Vaccination in the Punjab 1883-1896 - 1883-1896
Year: 1883
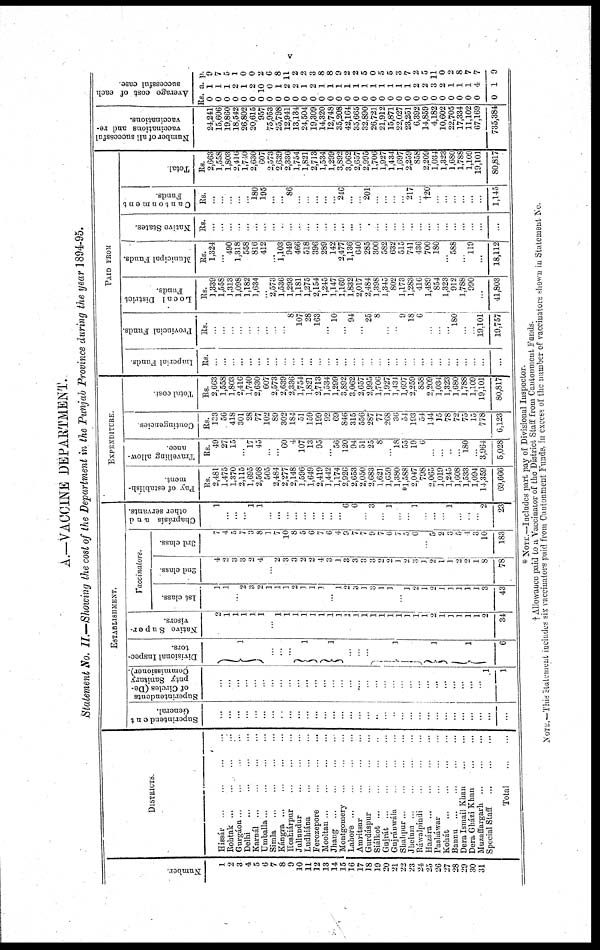
v
A.—VACCINE DEPARTMENT.
Statement No. II.—Showing the cost of the Department in the Punjab Province during the year 1894-95.
Number.
1
2
3
4
5
6
7
8
9
10
11
12
13
14
15
16
17
18
10
20
21
22
23
24
25
26
27
28
29
30
31
DISTRICTS.
Hissár ... ... ... ...
Rohtak
...
...
...
...
Gurgáon ... ... ... ...
Delhi
...
...
...
...
Karnál
...
...
...
...
Umballa
...
...
...
...
Simla ... ... ... ...
Kángra
...
...
...
...
Hoshiárpur ... ... ... ...
Jullundur
...
...
...
...
Ludhiána
...
...
...
...
Ferozepore ... ... ... ...
Mooltan
...
...
...
...
Jhang ... ... ... ...
Montgomery ... ... ... ...
Lahore
...
...
...
...
Amritsar
...
...
...
...
Gurdáspur ... ... ... ...
Siálkot
...
...
...
...
Gujrát ... ... ... ...
Gujránwála ... ... ... ...
Shahpur ... ... ... ...
Jhelum ... ... ... ...
Ráwalpindi ... ... ... ...
Hazára
...
...
...
...
Pasháwar
...
...
...
...
Kohát ... ... ... ...
Bannu
...
...
...
...
Dera Ismail Khan ... ... ... ...
Dera Gházi Khan ... ... ... ...
Muzaffargarh ... ... ... ...
Special Staff ... ... ... ...
Total
...
ESTABLISHMENT.
Superintendent
General.
...
...
...
...
...
...
...
...
...
...
...
...
...
...
...
...
...
...
...
...
...
...
...
...
...
...
...
...
... ...
...
...
...
Superintendents
of Circles (De-
puty Sanitary
Commissioner).
...
...
...
...
...
...
...
...
...
...
...
...
...
...
...
...
...
...
...
...
...
...
... ...
...
...
...
...
...
...
...
1
1
Divisional Inspec-
tors.
1
...
...
... 1
1
...
...
...
1
1
1
6
Native Super-
visors.
2
1
1
1
1
1
...
1
1
1
1
1
1
1
1
1
1
1
1
1
1
1
1
1
1
2
1
1
1
1
1
2
34
Vaccinators.
1st class.
1
1
...
2
3
2
1
1
1
2
1
1
1
...
1
2
3
1
3
1
1
...
1
2
1
2
1
1
1
1
1
3
43
2nd class.
4
2
3
3
2
4
...
2
3
3
2
2
4
3
1
3
3
3
3
2
2
1
2
3
1
2
1
1
2
2
1
8
78
3rd class.
7
4
5
7
3
8
1
7
10
8
5
6
7
6
4
9
7
7
9
7
6
7
5
6
...
5
2
3
5
4
3
10
183
Chaprásís and
other servants.
1
...
...
...
1
1
...
...
...
...
...
...
...
...
...
6
6
...
3
...
1
...
...
1
...
...
...
1
...
...
...
2
23
EXPENDITURE.
Pay of establish-
ment.
Rs.
2,481
1,475
1,370
2,115
1,695
2,508
505
2,484
2,277
2,148
1,596
1,649
2,419
1,442
1,174
2,926
2,653
2,050
2,683
1,621
1,659
1,380
*1,588
2,047
798
2,065
1,019
1,245
1,608
1,533
1,094
14,359
69,666
Travelling allow-
ance.
Rs.
49
27
15
...
17
45
...
...
60
4
107
13
95
...
56
120
94
51
25
8
...
18
55
19
6
...
...
...
...
180
...
3,964
5,028
Contingencies.
Rs.
133
56
418
301
28
77
102
89
302
184
51
159
199
92
69
846
315
556
287
77
268
36
54
193
54
144
15
78
72
75
15
778
6,123
Total cost.
Rs.
2,663
1,558
1,803
2,416
1,740
2,630
607
2,573
2,639
2,336
1,754
1,821
2,713
1,534
1,299
3,892
3,062
2,657
2,995
1,706
1,927
1,434
1,697
2,259
858
2,209
1,034
1,323
1,680
1,788
1,109
19,101
80,817
PAID FROM
Imperial Funds.
Rs.
...
..
...
...
...
...
...
...
...
...
...
...
...
...
...
...
...
...
...
...
...
...
...
...
...
...
...
...
...
...
...
...
...
Provincial Funds.
Rs.
...
...
...
...
...
...
...
...
...
8
107
28
163
...
10
...
94
...
25
8
...
...
9
18
6
...
...
...
180
...
...
19,101
19,757
Local District
Funds.
Rs.
1,339
1,558
1,313
1,098
1,182
1,634
...
2,573
1,536
1,293
1,181
1,275
2,154
1,245
1,147
1,169
1,832
2,017
2,484
1,398
1,345
802
1,173
1,283
416
1,489
854
1,323
912
1,788
990
...
41,803
Municipal Funds.
Rs.
1,324
...
490
1,318
558
816
412
...
1,103
949
466
518
396
289
142
2,477
1,136
640
285
300
582
632
515
741
436
700
180
...
588
...
119
...
18,112
Native States.
Rs.
...
...
...
...
...
...
...
...
...
...
...
...
...
...
...
...
...
...
...
...
...
...
...
...
...
...
...
...
...
...
...
...
...
Cantonment
Funds.
Rs.
...
...
...
...
...
180
195
...
...
86
...
...
...
...
...
246
...
...
201
...
...
...
...
217
...
†20
...
...
...
...
...
...
1,145
Total.
Rs.
2,663
1,558
1,803
2,416
1,740
2,630
607
2,573
2,639
2,336
1,754
1,821
2,713
1,534
1,299
3,892
3,062
2,657
2,995
1,706
1,927
1,434
1,697
2,259
858
2,209
1,034
1,323
1,680
1,788
1,109
19,101
80,817
Number of all successful
vaccinations and re¬
vaccinations.
24,241
15,606
19,860
18,542
26,802
20,615
957
75,953
25,798
12,941
13,134
24,504
19,309
14,320
12,748
35,208
42,164
35,665
32,890
26,721
21,912
15,871
22,027
23,251
6,392
14,859
4,182
10,602
22,705
17,334
11,102
67,169
735,384
Average cost of each
successful case.
Rs
0
0
0
0
0
0
0
0
0
0
0
0
0
0
0
0
0
0
0
0
0
0
0
0
0
0
0
0
0
0
0
0
0
a.
1
1
1
2
1
2
10
0
1
2
2
1
2
1
1
1
1
1
1
1
1
1
1
1
2
2
3
2
1
1
1
4
1
p.
9
7
5
1
0
0
2
6
8
11
2
2
3
8
8
9
2
2
5
0
5
5
3
7
2
5
11
0
2
8
7
7
9
* NOTE.—Includes part pay of Divisional Inspector.
† Allowance paid to a Vaccinator of the District Staff from Cantonment Funds.
NOTE.—This statement includes six vaccinators paid from Cantonment Funds, in excess of the number of vaccinators shown in Statement No.